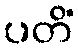
ပတိံ